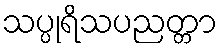
သပ္ပုရိသပညတ္တာ